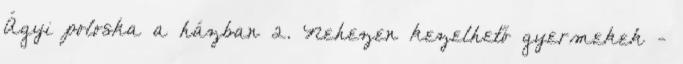
Ágyi poloska a házban 2. Nehezen kezelhető gyermekek -